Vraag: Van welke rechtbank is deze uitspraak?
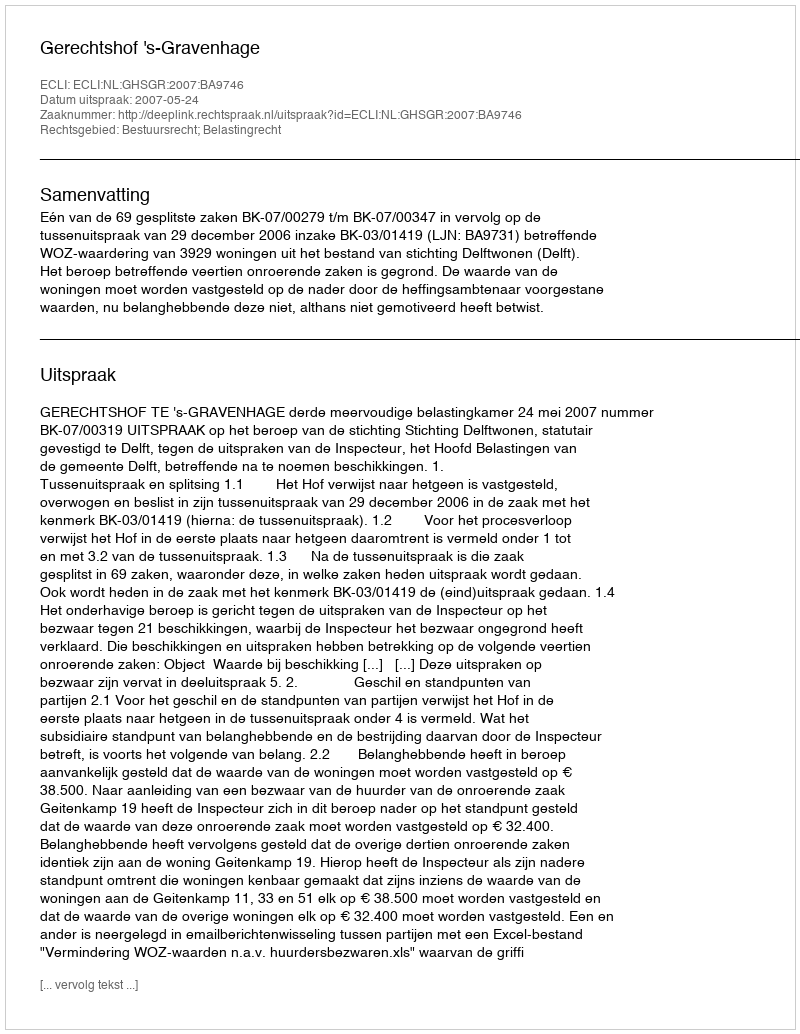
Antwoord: Gerechtshof 's-Gravenhage